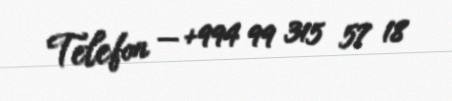
Telefon — +994 99 315 57 18